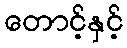
တောင့်နှင့်